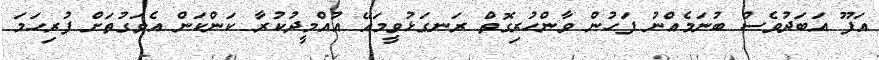
އަފޫ އަބަދުވެސް ބުނަމެއްނު ފަހުން ވާންހުރިގޮތް ރަނގަޅުވީމައޭ އުއްމީދުކުރާ ކަންކަން އެވަގުތަށް ފުރިހަމަ